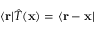
\langle \mathbf { r } | { \hat { T } } ( \mathbf { x } ) = \langle \mathbf { r } - \mathbf { x } |